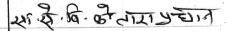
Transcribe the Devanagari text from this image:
सेबी के तारा प्रदान